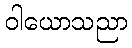
ဝါယောသညာ